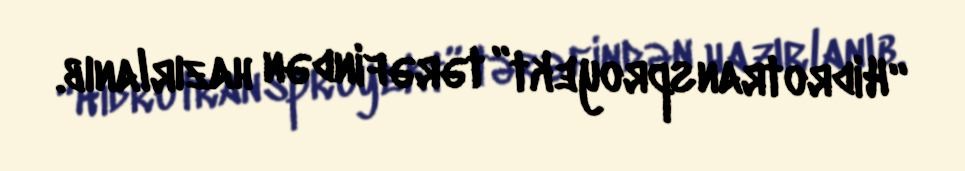
“Hidrotransproyekt” tərəfindən hazırlanıb.